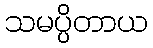
သမပ္ပိတာယ